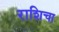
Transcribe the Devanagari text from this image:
राशिचा